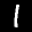
Label: 1